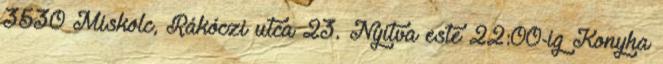
3530 Miskolc, Rákóczi utca 23. Nyitva este 22:00-ig Konyha